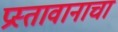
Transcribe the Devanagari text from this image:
प्रस्तावानाचा